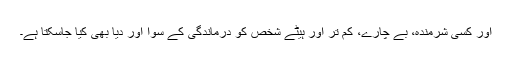
اور کسی شرمندہ، بے چارے، کم تر اور ہیٹے شخص کو درماندگی کے سوا اور دیا بھی کیا جاسکتا ہے۔